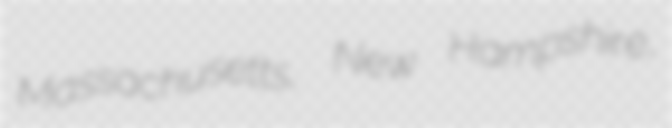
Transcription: Massachusetts, New Hampshire,